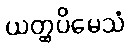
ယတ္ထပိမေသံ